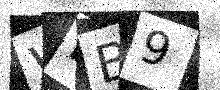
Text: WPB9